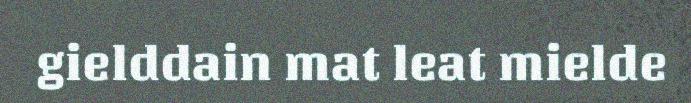
gielddain mat leat mielde